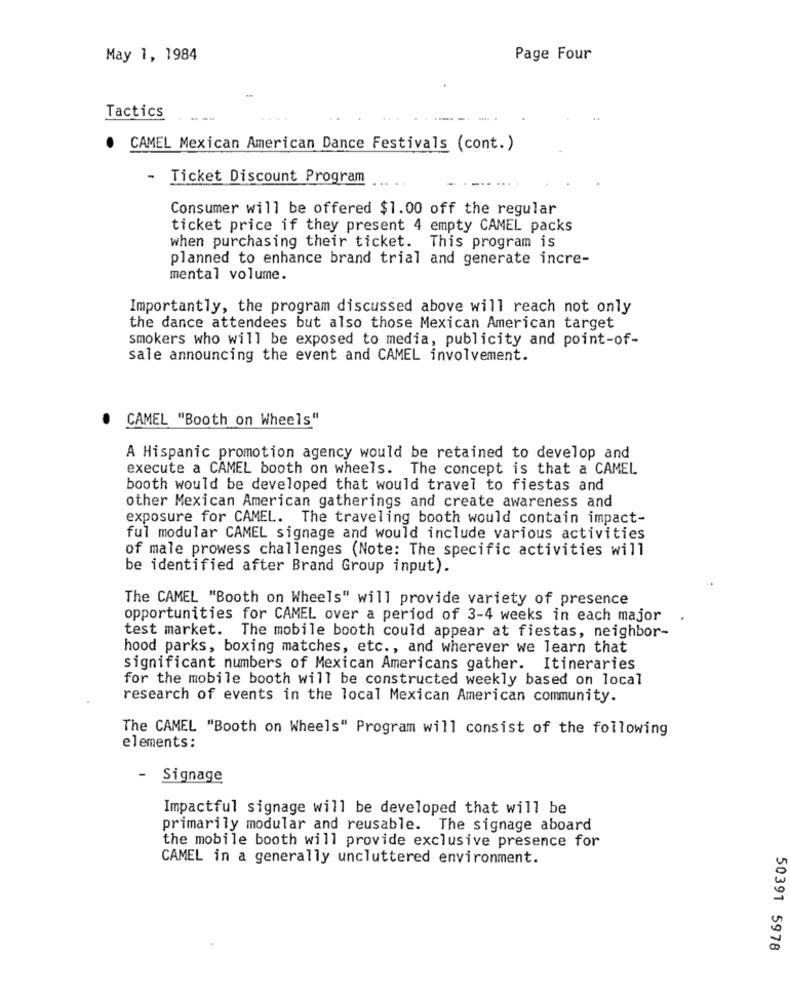
May 1, 1984
Page Four
Tactics
CAMEL Mexican American Dance Festivals (cont.)
- Ticket Discount Program
Consumer will be offered $1.00 off the regular
ticket price if they present 4 empty CAMEL packs
when purchasing their ticket. This program is
planned to enhance brand trial and generate incre-
mental volume.
Importantly, the program discussed above will reach not only
the dance attendees but also those Mexican American target
smokers who will be exposed to media, publicity and point-of-
sale announcing the event and CAMEL involvement.
CAMEL "Booth on Wheels"
A Hispanic promotion agency would be retained to develop and
execute a CAMEL booth on wheels. The concept is that a CAMEL
booth would be developed that would travel to fiestas and
other Mexican American gatherings and create awareness and
exposure for CAMEL. The traveling booth would contain impact-
ful modular CAMEL signage and would include various activities
of male prowess challenges (Note: The specific activities will
be identified after Brand Group input).
The CAMEL "Booth on Wheels" will provide variety of presence
opportunities for CAMEL over a period of 3-4 weeks in each major
test market. The mobile booth could appear at fiestas, neighbor-
hood parks, boxing matches, etc ., and wherever we learn that
significant numbers of Mexican Americans gather. Itineraries
for the mobile booth will be constructed weekly based on local
research of events in the local Mexican American community.
The CAMEL "Booth on Wheels" Program will consist of the following
elements:
-
Signage
Impactful signage will be developed that will be
primarily modular and reusable. The signage aboard
the mobile booth will provide exclusive presence for
CAMEL in a generally uncluttered environment.
50391 5978